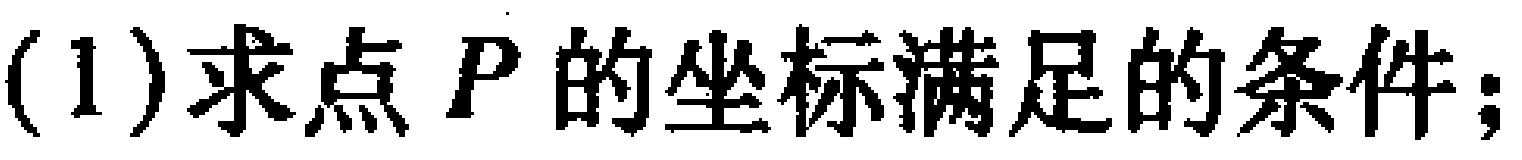
(1)求点 \(P\) 的坐标满足的条件；